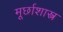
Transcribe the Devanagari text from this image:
मूर्छाशास्त्र